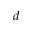
d